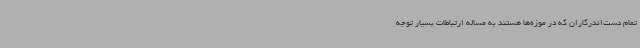
تمام دست‌اندرکاران که در موزه‌ها هستند به مساله ارتباطات بسیار توجه